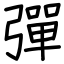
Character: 彈